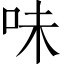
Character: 味